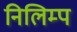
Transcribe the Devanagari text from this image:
निलिम्प